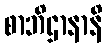
စာဘိဌာနာနိ